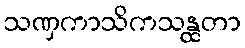
သဏှကာသိကသန္ထတာ